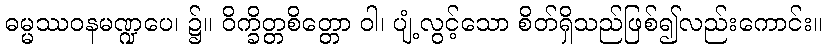
ဓမ္မဿဝနမဏ္ဍပေ၊ ၌။ ဝိက္ခိတ္တစိတ္တော ဝါ၊ ပျံ့လွင့်သော စိတ်ရှိသည်ဖြစ်၍လည်းကောင်း။